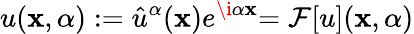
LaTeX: u(\mathbf{x},\alpha):={\hat{{u}}}^{\alpha}(\mathbf{x})e^{\i\alpha\mathbf{x}}{=\mathcal{{F}}[u](\mathbf{x},\alpha)}